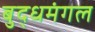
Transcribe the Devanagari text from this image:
बुद्धमंगल